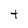
Character: t